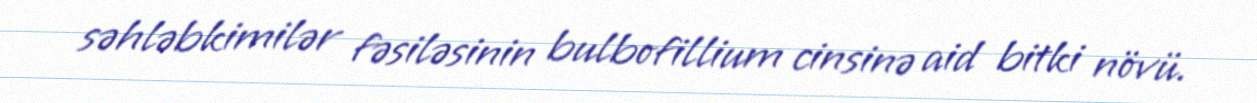
səhləbkimilər fəsiləsinin bulbofillium cinsinə aid bitki növü.